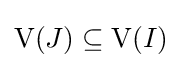
\mathrm {V} (J)\subseteq \mathrm {V} (I)